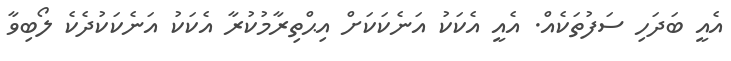
އެއީ ބަދަހި ސަފުތަކެއް. އެއީ އެކަކު އަނެކަކަށް އިޙްތިރާމުކުރާ އެކަކު އަނެކަކުދެކެ ލޯބިވާ